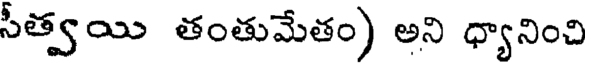
సీత్వయి తంతుమేతం) అని ధ్యానించి